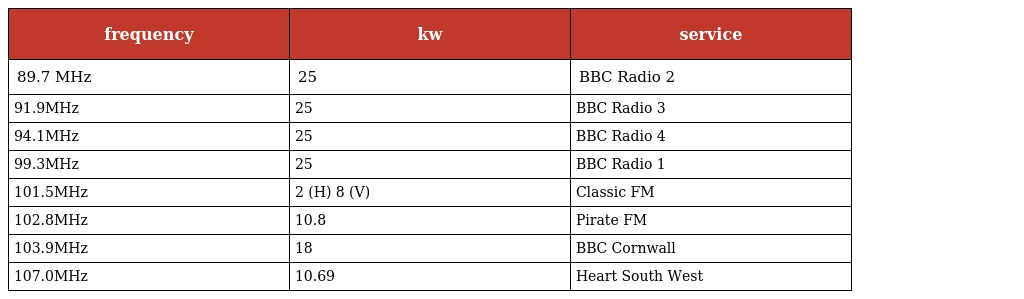
| frequency | kw | service |
 | --- | --- | --- |
 | 89.7 MHz | 25 | BBC Radio 2 |
 | 91.9MHz | 25 | BBC Radio 3 |
 | 94.1MHz | 25 | BBC Radio 4 |
 | 99.3MHz | 25 | BBC Radio 1 |
 | 101.5MHz | 2 (H) 8 (V) | Classic FM |
 | 102.8MHz | 10.8 | Pirate FM |
 | 103.9MHz | 18 | BBC Cornwall |
 | 107.0MHz | 10.69 | Heart South West |